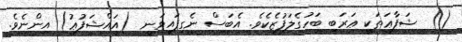
()  ޝަފާޢަތަކީ ޢަރަބި ބަހުގެލަފުޒެކެވެ. އެބަސް ނެގިފައިވަނީ  (އައްޝަފުޢު) އިންނެވެ.